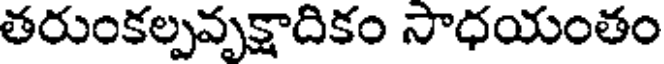
తరుంకల్పవృక్షాదికం సాధయంతం